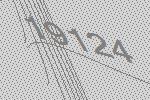
19124